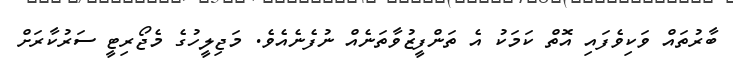
ބާރުތައް ވަކިވެފައި އޮތް ކަމަކު އެ ތަންފީޒުވާތަނެއް ނުފެނެއެވެ. މަޖިލީހުގެ މެޖޯރިޓީ ސަރުކާރަށް